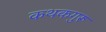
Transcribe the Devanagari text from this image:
कथकगुरू